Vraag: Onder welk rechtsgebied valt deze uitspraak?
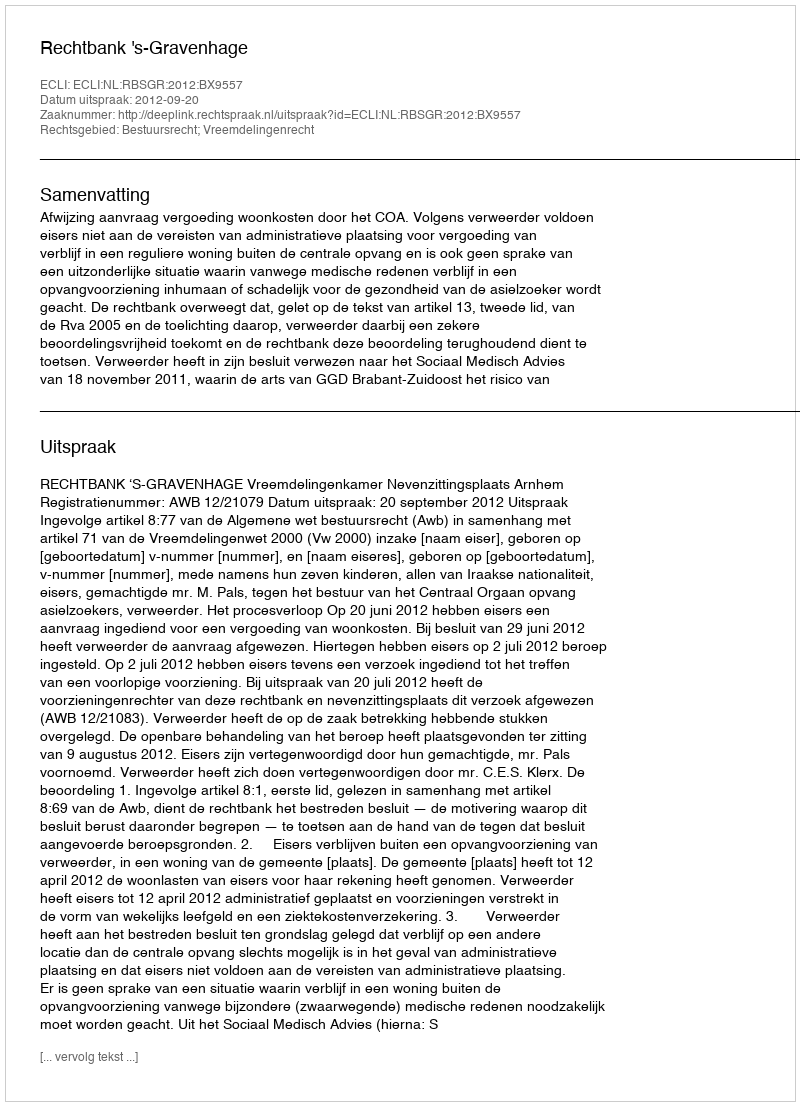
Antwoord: Bestuursrecht; Vreemdelingenrecht